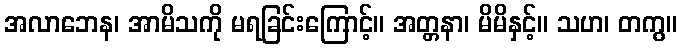
အလာဘေန၊ အာမိသကို မရခြင်းကြောင့်။ အတ္တနာ၊ မိမိနှင့်။ သဟ၊ တကွ။